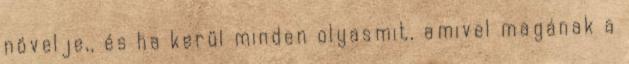
növelje,, és ha kerül minden olyasmit, amivel magának a